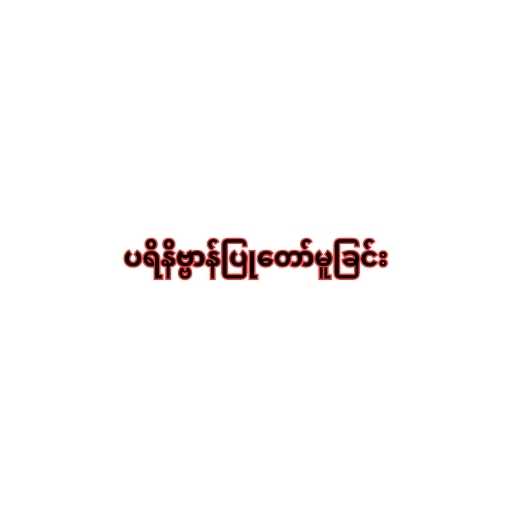
ပရိနိဗ္ဗာန်ပြုတော်မူခြင်း